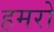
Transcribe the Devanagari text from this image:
हमरो